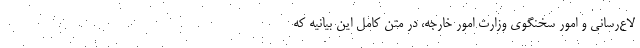
لاع‌رسانی و امور سخنگوی وزارت امور خارجه، در متن کامل این بیانیه که